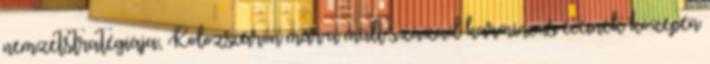
nemzetstratégiája, Kolozsváron már a múlt század harmincas éveinek közepén